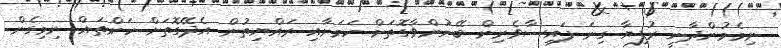
ނިމެމުންދާނީ ރުފިޔާ ގިނަ ފައިސާވެރިން ބޭނުންވާގޮތަށް ކަމަށާއި ރައްޔިތުން އެދޭގޮތަށް ކަންތައް ނިމިގެން